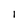
Character: I